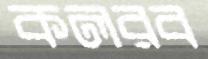
কলরব